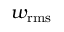
w _ { \mathrm { r m s } }